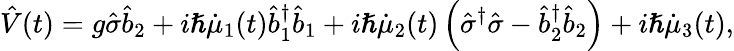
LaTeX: \hat{V}(t)=g\hat{\sigma}\hat{b}_{2}+i\hslash\dot{\mu}_{1}(t)\hat{b}_{1}^{\dagger}\hat{b}_{1}+i\hslash\dot{\mu}_{2}(t)\left(\hat{\sigma}^{\dagger}\hat{\sigma}-\hat{b}_{2}^{\dagger}\hat{b}_{2}\right)+i\hslash\dot{\mu}_{3}(t),